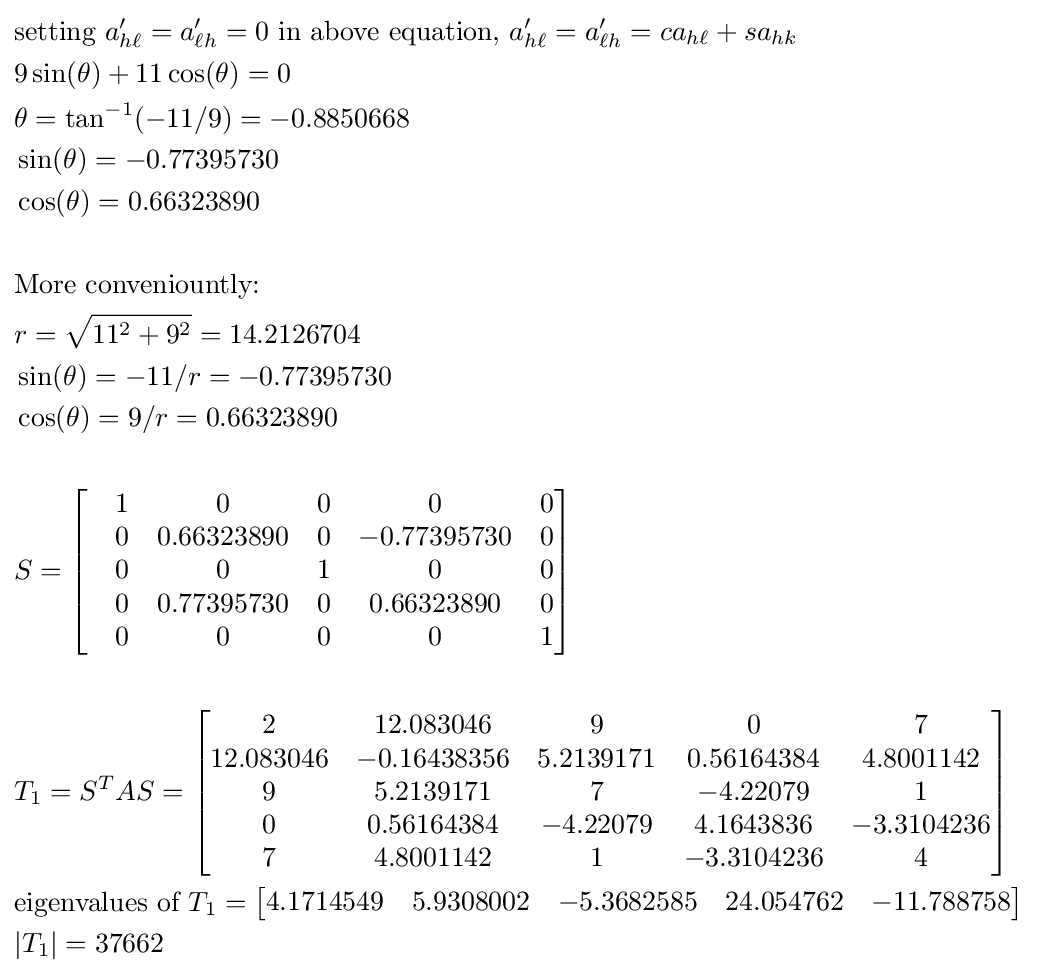
{\begin{aligned}&{\text{setting }}a'_{h\ell }=a'_{\ell h}=0{\text{ in above equation, }}a'_{h\ell }=a'_{\ell h}=ca_{h\ell }+sa_{hk}\,\!\\&9\sin(\theta )+11\cos(\theta )=0\\&\theta =\tan ^{-1}(-11/9)=-0.8850668\\&\sin(\theta )=-0.77395730\\&\cos(\theta )=0.66323890\\&\\&{\text{More conveniountly:}}\\&r={\sqrt {11^{2}+9^{2}}}=14.2126704\\&\sin(\theta )=-11/r=-0.77395730\\&\cos(\theta )=9/r=0.66323890\\&\\&S={\begin{bmatrix}&1&0&0&0&0\\&0&0.66323890&0&-0.77395730&0\\&0&0&1&0&0\\&0&0.77395730&0&0.66323890&0\\&0&0&0&0&1\\\end{bmatrix}}\\&\\&T_{1}=S^{T}AS={\begin{bmatrix}2&12.083046&9&0&7\\12.083046&-0.16438356&5.2139171&0.56164384&4.8001142\\9&5.2139171&7&-4.22079&1\\0&0.56164384&-4.22079&4.1643836&-3.3104236\\7&4.8001142&1&-3.3104236&4\\\end{bmatrix}}\\&{\text{eigenvalues of }}T_{1}={\begin{bmatrix}4.1714549&5.9308002&-5.3682585&24.054762&-11.788758\end{bmatrix}}\\&|T_{1}|=37662\end{aligned}}